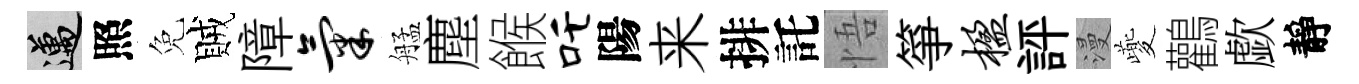
邁照免賊障气艋塵餱吒陽来排託悟箏楹評漫夔鸛歔靜